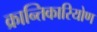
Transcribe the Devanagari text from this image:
क्रान्तिकारियोण